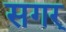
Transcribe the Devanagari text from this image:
सगर्